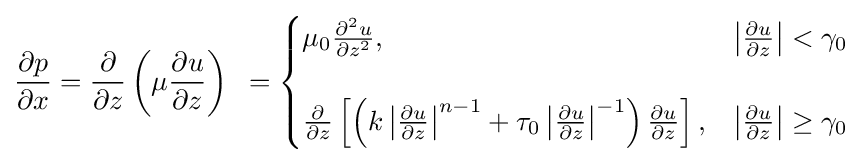
{\frac {\partial p}{\partial x}}={\frac {\partial }{\partial z}}\left(\mu {\frac {\partial u}{\partial z}}\right)\,\,\,={\begin{cases}\mu _{0}{\frac {\partial ^{2}u}{\partial {z}^{2}}},&\left|{\frac {\partial u}{\partial z}}\right|<\gamma _{0}\\\\{\frac {\partial }{\partial z}}\left[\left(k\left|{\frac {\partial u}{\partial z}}\right|^{n-1}+\tau _{0}\left|{\frac {\partial u}{\partial z}}\right|^{-1}\right){\frac {\partial u}{\partial z}}\right],&\left|{\frac {\partial u}{\partial z}}\right|\geq \gamma _{0}\end{cases}}